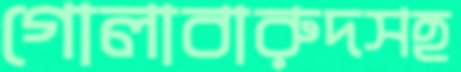
গোলাবারুদসহ